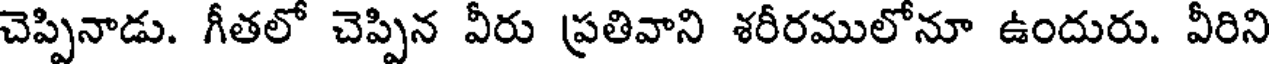
చెప్పినాడు. గీతలో చెప్పిన వీరు ప్రతివాని శరీరములోనూ ఉందురు. వీరిని